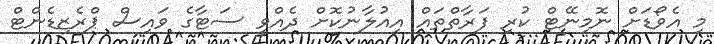
މި އެވޯޑަށް ނޮމިނޭޓް ކުރި ފަރާތްތައް އިއުލާނުކޮށް ދެއްވީ ސަޓާގެ ވައިސް ޕްރެޒިޑެންޓް